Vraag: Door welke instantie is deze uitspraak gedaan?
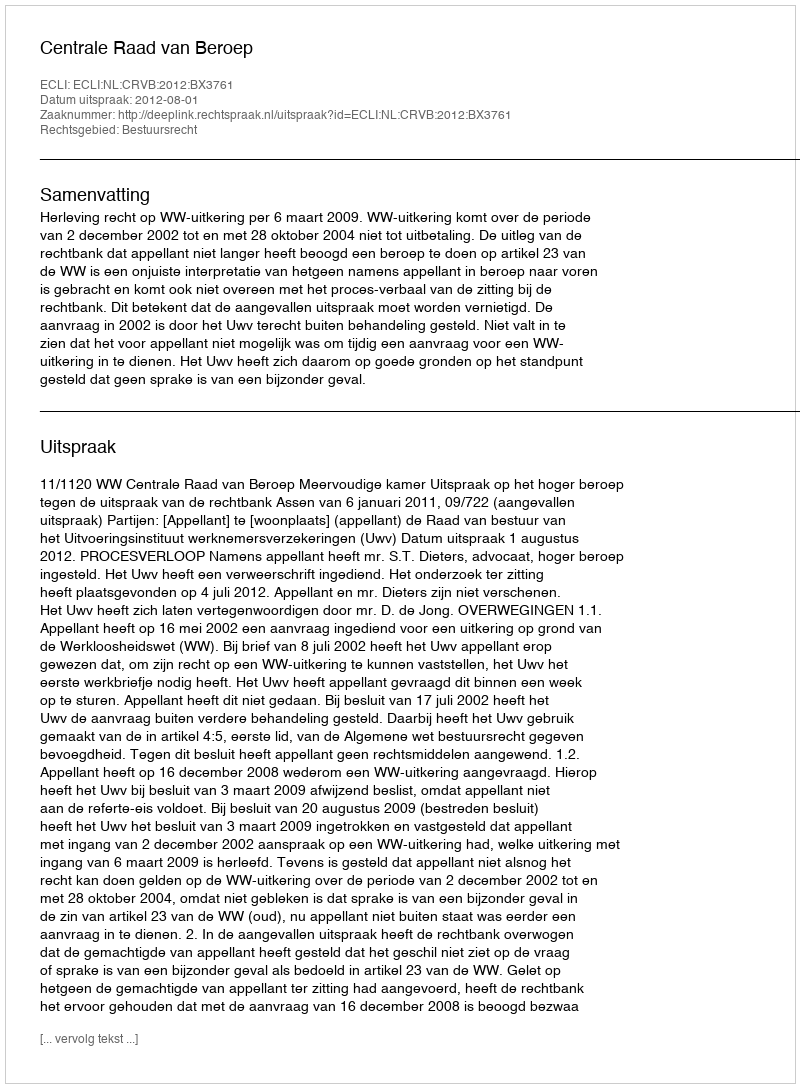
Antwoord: Centrale Raad van Beroep